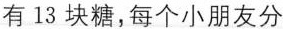
有13块糖，每个小朋友分